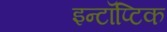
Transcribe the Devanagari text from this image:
इन्टॉप्टिक